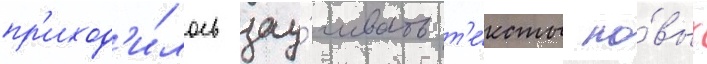
пр'иход'и́лось зау́чивать т'е́ксты но́вых